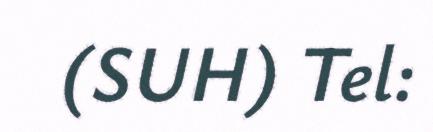
(SUH) Tel: